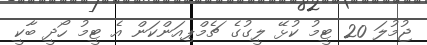
ޖުމުލަ 20 ޓީމު ކުޅޭ ލީގުގެ ޗެމްޕިއަންކަން އެ ޓީމު ހޯދީ ބާކީ